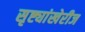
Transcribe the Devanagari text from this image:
सृष्ट्यांखेरीज